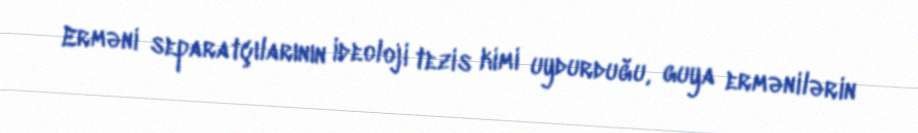
Erməni separatçılarının ideoloji tezis kimi uydurduğu, guya ermənilərin